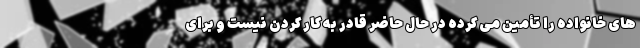
های خانواده را تأمین می کرده در حال حاضر قادر به کار کردن نیست و برای